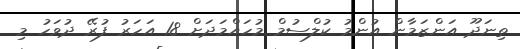
ތިނަދޫ އަންޒަމާން އުންމު ކުލްސުމް މުހައްމަދަށް 18 އަހަރު ފުރޭ ދުވަހު މި